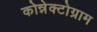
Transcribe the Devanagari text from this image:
कोन्नेक्टोग्राम